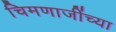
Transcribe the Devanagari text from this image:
चिमणाजींच्या